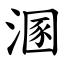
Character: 溷